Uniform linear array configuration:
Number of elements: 48
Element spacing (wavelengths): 1
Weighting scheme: hamming
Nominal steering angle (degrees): -30
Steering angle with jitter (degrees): -31.869
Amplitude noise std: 0.05
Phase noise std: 0.05

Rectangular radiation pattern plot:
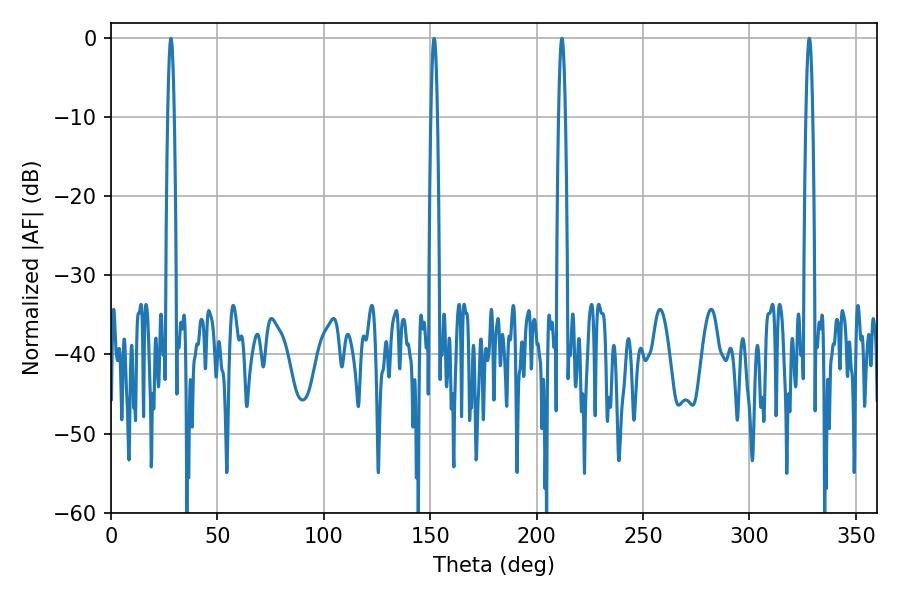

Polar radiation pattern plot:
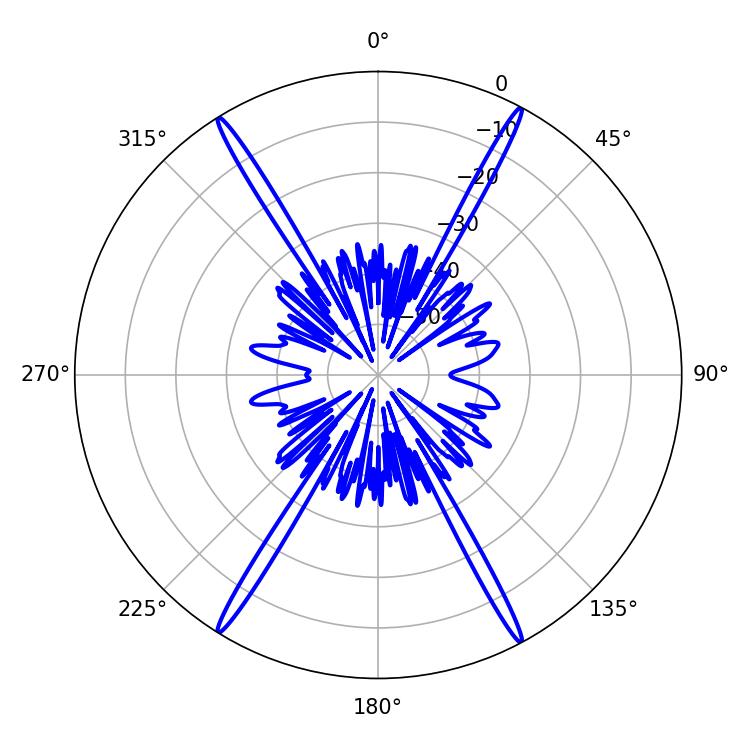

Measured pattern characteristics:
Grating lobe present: TRUE
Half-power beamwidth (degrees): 1.8
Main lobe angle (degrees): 328.14